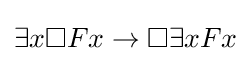
\exists x\Box Fx\to \Box \exists xFx